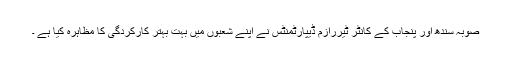
صوبہ سندھ اور پنجاب کے کانٹر ٹیررازم ڈیپارٹمنٹس نے اپنے شعبوں میں بہت بہتر کارکردگی کا مظاہرہ کیا ہے ۔